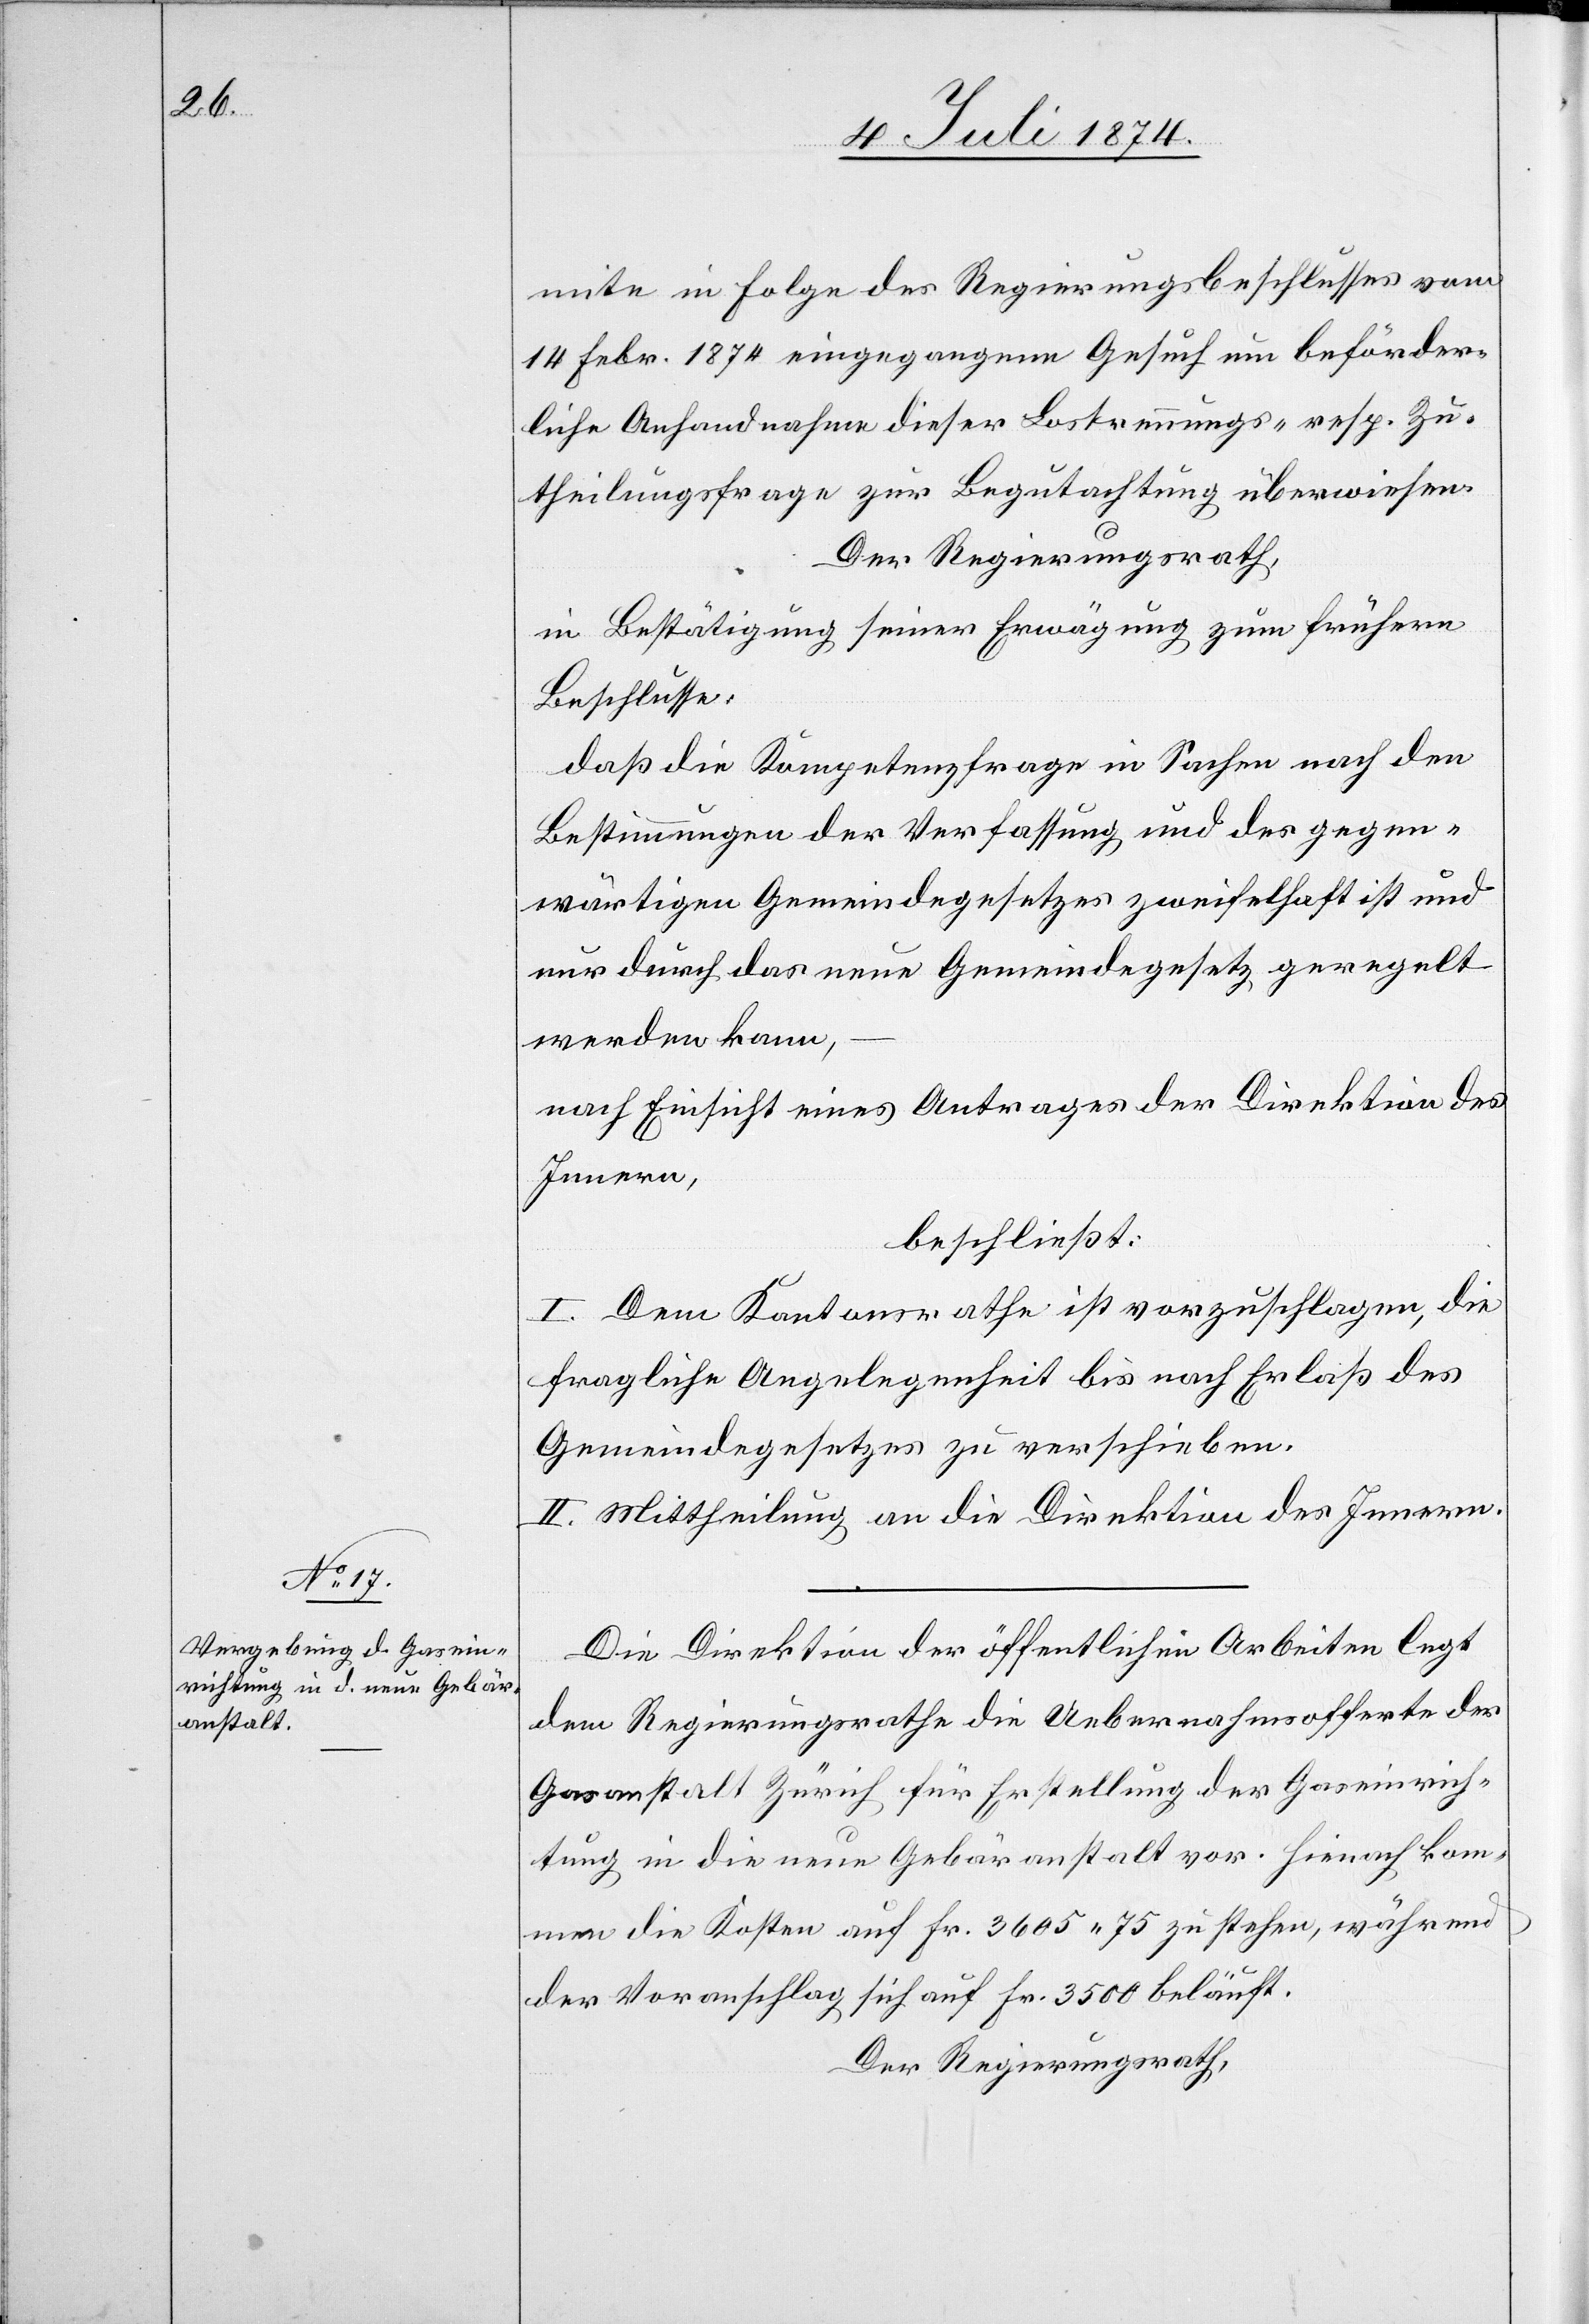
mite in Folge des Regierungsbeschlusses vom
14. Febr. 1874 eingegangene Gesuch um beförder¬
liche Anhandnahme dieser Lostrennungs- resp. Zu¬
theilungsfrage zur Begutachtung überwiesen.
Der Regierungsrath,
in Bestätigung seiner Erwägung zum früheren
Beschlusse:
daß die Kompetenzfrage in Sachen nach den
Bestimmungen der Verfassung und des gegen¬
wärtigen Gemeindegesetzes zweifelhaft ist und
nur durch das neue Gemeindegesetz geregelt
werden kann,
nach Einsicht eines Antrages der Direktion des
Innern,
beschließt:
I. Dem Kantonsrathe ist vorzuschlagen, die
fragliche Angelegenheit bis nach Erlaß des
Gemeindegesetzes zu verschieben.
II. Mittheilung an die Direktion des Innern.
Die Direktion der öffentlichen Arbeiten legt
dem Regierungsrathe die Uebernahmsofferte der
Gasanstalt Zürich für Erstellung der Gaseinrich¬
tung in die neue Gebäranstalt vor. Hienach kom¬
men die Kosten auf Fr. 3605.75 zu stehen, während
der Voranschlag sich auf Fr. 3500 beläuft.
Der Regierungsrath,